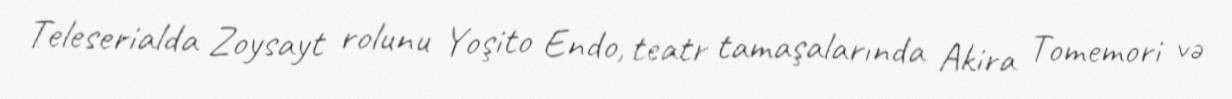
Teleserialda Zoysayt rolunu Yoşito Endo, teatr tamaşalarında Akira Tomemori və